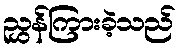
ညွှန်ကြားခဲ့သည်